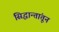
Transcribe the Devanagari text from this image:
सिद्धान्तांतून